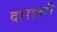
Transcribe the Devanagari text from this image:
दारावरी